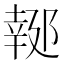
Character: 𨝜